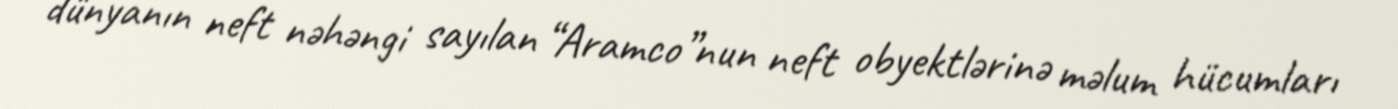
dünyanın neft nəhəngi sayılan “Aramco”nun neft obyektlərinə məlum hücumları